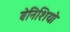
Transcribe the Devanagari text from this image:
बेनिशियो